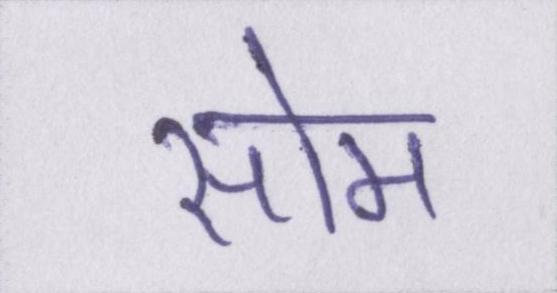
सोम